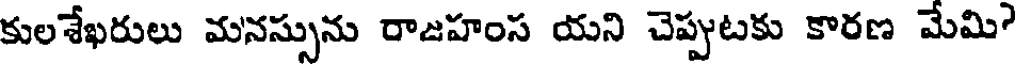
కులశేఖరులు మనస్సును రాజహంస యని చెప్పుటకు కారణ మేమి?